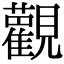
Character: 𫟜